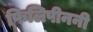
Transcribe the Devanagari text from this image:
फिलिपीननी